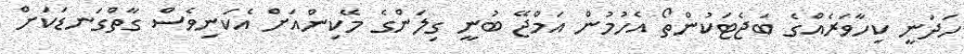
ހަދަނީ ކިހާވަރެއްގެ ބަޖެޓަކުންތޯ އެހުމުން އަމްޖޭ ބުނީ ގިލަންގެ މޭކިންއަށް އެކަނިވެސް ގާތްގަނޑަކަށް